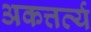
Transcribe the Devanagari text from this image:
अकत्तर्व्य